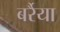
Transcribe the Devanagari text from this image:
बर्रैया